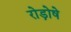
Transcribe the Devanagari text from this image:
रोड़ोषे